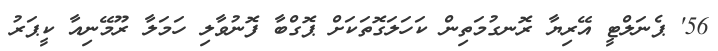
56' ޕެނަލްޓީ އޭރިޔާ ރޮނގުމަތިން ކަހަލަގޮތަކަށް ޕޮގްބާ ފޮނުވާލި ހަމަލާ ރޫމޭނިއާ ކީޕަރު